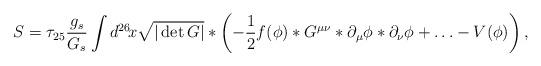
LaTeX: \begin{align*}S=\tau_{25}\frac{g_s}{G_s}\int d^{26}\!x\sqrt{|\det G|}*\left(-\frac{1}{2}f(\phi)*G^{\mu\nu}*\partial_{\mu}\phi *\partial_{\nu}\phi+\ldots -V(\phi)\right), \end{align*}